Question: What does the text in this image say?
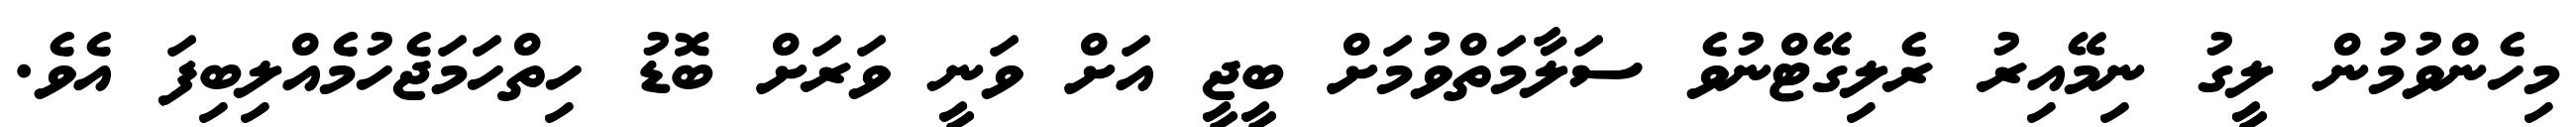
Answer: މިހެންވުމުން ލީގު ނިމޭއިރު ރެލިގޭޓްނުވެ ސަލާމަތްވުމަށް ބީޖީ އަށް ވަނީ ވަރަށް ބޮޑު ހިތްހަމަޖެހުމެއްލިބިފަ އެވެ.